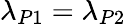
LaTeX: \lambda_{P1}=\lambda_{P2}